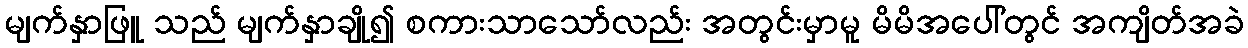
မျက်နှာဖြူ သည် မျက်နှာချို၍ စကားသာသော်လည်း အတွင်းမှာမူ မိမိအပေါ်တွင် အကျိတ်အခဲ